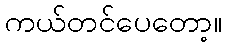
ကယ်တင်ပေတော့။